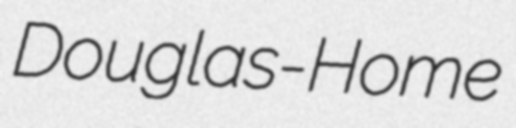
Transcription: Douglas-Home